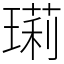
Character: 㻳